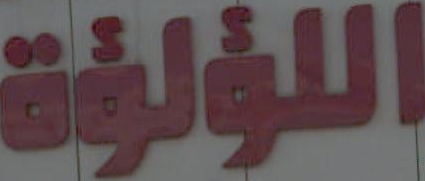
اللؤلؤة